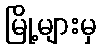
မြို့များမှ